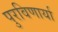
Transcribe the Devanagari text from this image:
पुरविणार्या